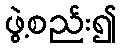
ဖွဲ့စည်း၍